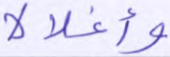
وأغلالا